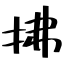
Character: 拂